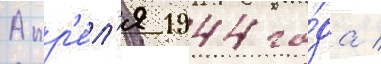
Апр'е́л'я 1944 го́да /